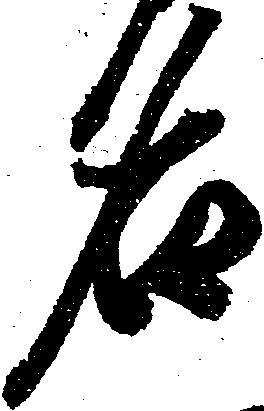
名